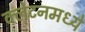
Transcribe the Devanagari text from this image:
क्लेटनमध्ये